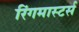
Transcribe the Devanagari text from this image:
रिंगमास्टर्स